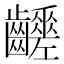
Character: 𪙸